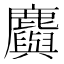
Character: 𪋮